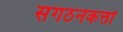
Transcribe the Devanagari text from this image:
संगठनकर्त्ता